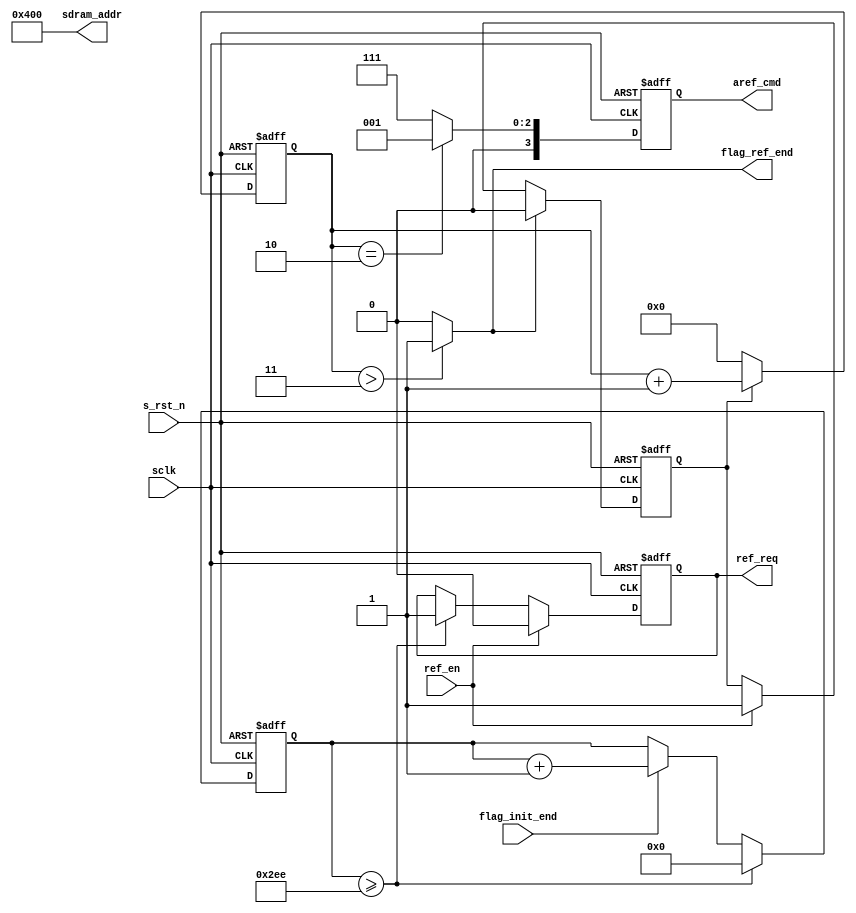
module sdram_aref (
    input sclk,
    input s_rst_n,
    input ref_en,
    input flag_init_end,
    output reg ref_req,
    output flag_ref_end,
    output reg[3:0] aref_cmd,
    output [11:0] sdram_addr
);
localparam DELAY_15US = 750;
localparam CMD_AREF = 4'b0001;
localparam CMD_NOP = 4'b0111;
localparam CMD_PRE = 4'b0010;

reg[3:0] cmd_cnt;
reg[9:0] ref_cnt;
reg flag_ref;
    
always @(posedge sclk or negedge s_rst_n) begin
    if (!s_rst_n)
        ref_cnt <= 'd0;
    else if (ref_cnt >= DELAY_15US)
        ref_cnt <= 'd0;
    else if (flag_init_end)
        ref_cnt <= ref_cnt + 'b1;
end


always @(posedge sclk or negedge s_rst_n) begin
    if (!s_rst_n)
        flag_ref <= 'b0;
    else if (flag_ref_end)
        flag_ref <= 'b0;
    else if (ref_en)
        flag_ref <= 'b1;
end

always @(posedge sclk or negedge s_rst_n) begin
    if (!s_rst_n)
        cmd_cnt <= 'b0;
    else if (flag_ref)
        cmd_cnt <= cmd_cnt + 'b1;
    else
        cmd_cnt <= 'b0;
end

always @(posedge sclk or negedge s_rst_n) begin
    if (!s_rst_n)
        aref_cmd <= CMD_NOP;
    else if (cmd_cnt == 'd2)
        aref_cmd <= CMD_AREF;
    else
        aref_cmd <= CMD_NOP;
end

always @(posedge sclk or negedge s_rst_n) begin
    if (!s_rst_n)
        ref_req <= 'b0;
    else if (ref_en)
        ref_req <= 'b0;
    else if (ref_cnt >= DELAY_15US)
        ref_req <= 'b1;
end

assign flag_ref_end = (cmd_cnt > 'd3) ? 'b1 : 'b0;
assign sdram_addr = 12'b0100_0000_0000;

endmodule